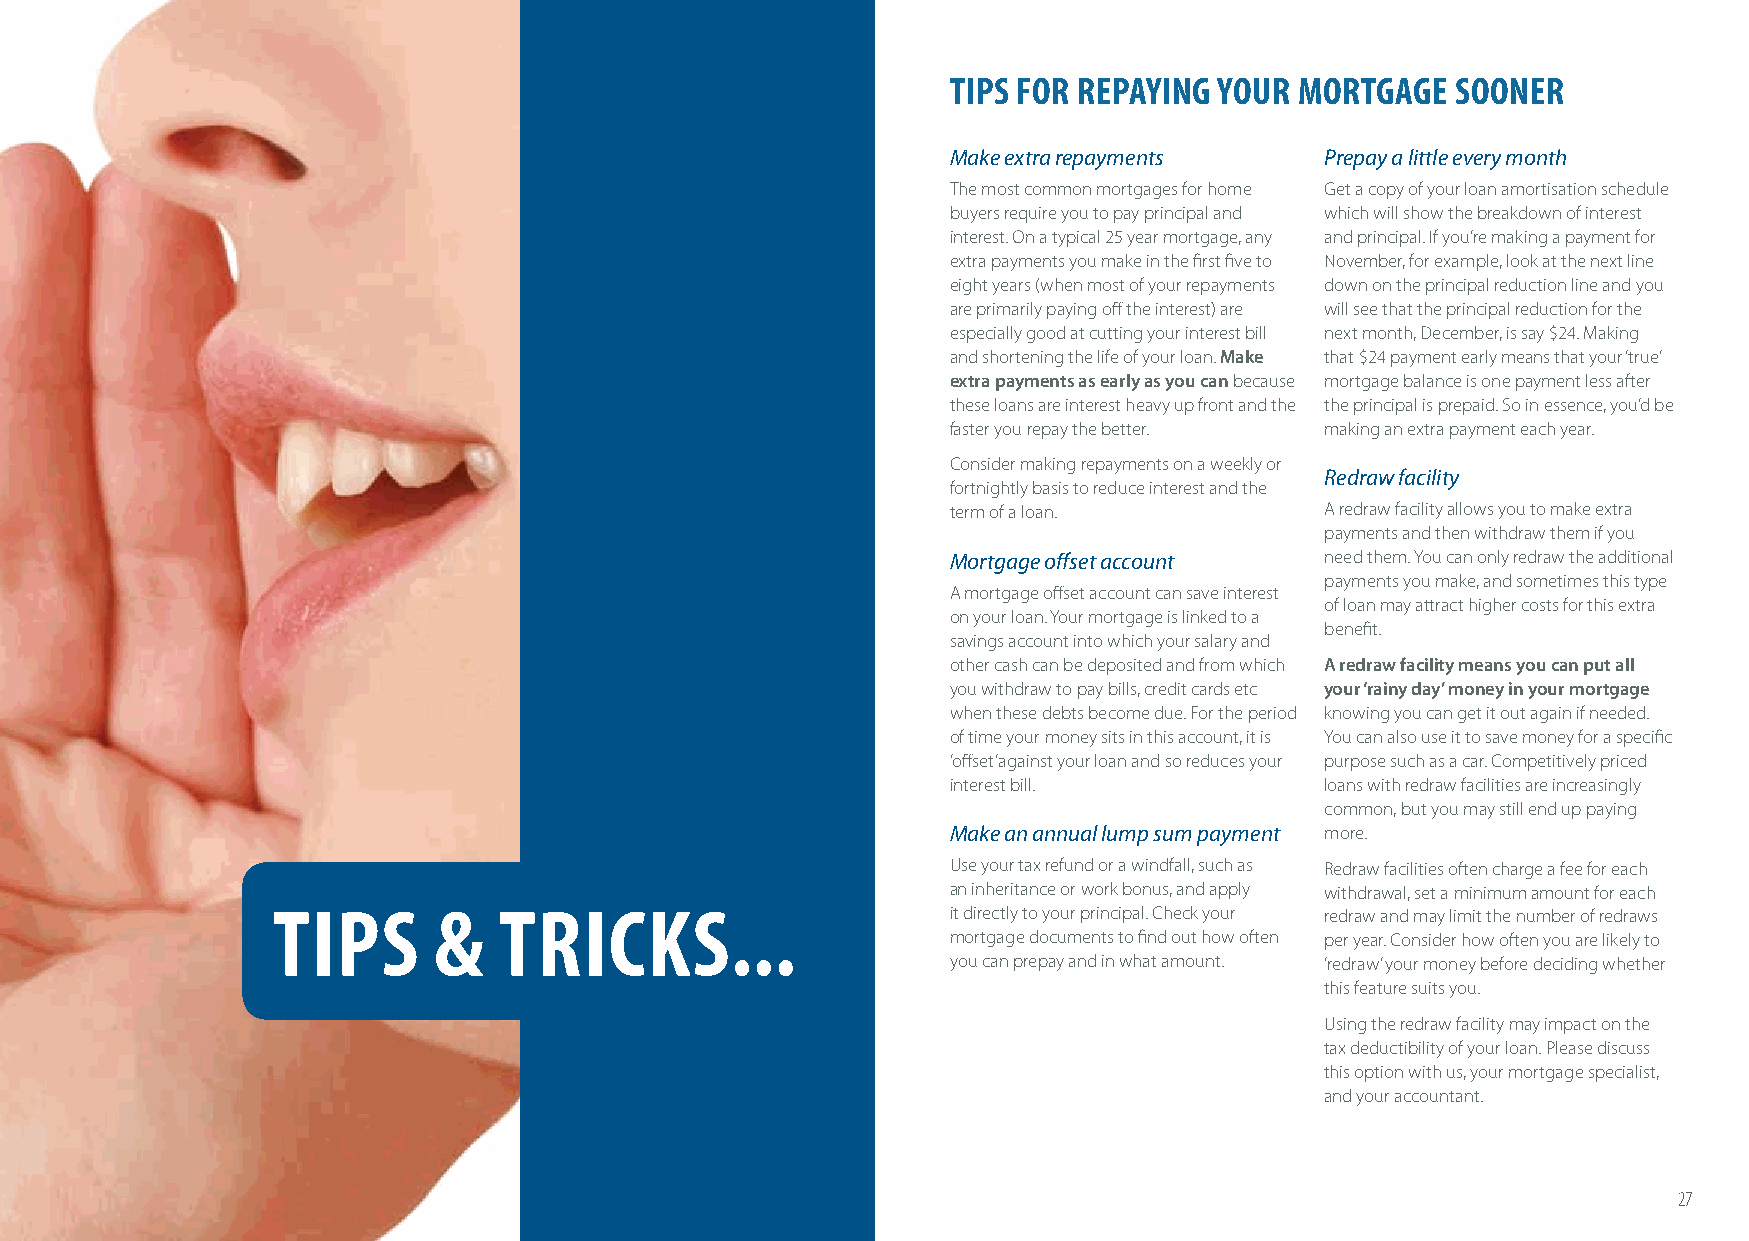
TIPS FOR REPAYING YOUR MORTGAGE  SOONER
 Make extra repayments    Prepay a little every month
 The most common mortgages for home Get a copy of your loan amortisation schedule
 buyers require you to pay principal and which will show the breakdown of interest
 interest. On a typical 25 year mortgage, any and principal. If you’re making a payment for
 extra payments you make in the first five to November, for example, look at the next line
 eight years (when most of your repayments down on the principal reduction line and you
 are primarily paying off the interest) are will see that the principal reduction for the
 especially good at cutting your interest bill next month, December, is say $24. Making
 and shortening the life of your loan. Make that $24 payment early means that your ‘true’
 extra payments as early as you can because mortgage balance is one payment less after
 these loans are interest heavy up front and the the principal is prepaid. So in essence, you’d be
 faster you repay the better. making an extra payment each year.
 Consider making repayments on a weekly or
 Redraw facility
 fortnightly basis to reduce interest and the
 term of a loan.          A redraw facility allows you to make extra
 payments and then withdraw them if you
 Mortgage offset account  need them. You can only redraw the additional
 payments you make, and sometimes this type
 A mortgage offset account can save interest
 of loan may attract higher costs for this extra
 on your loan. Your mortgage is linked to a
 benefit.
 savings account into which your salary and
 other cash can be deposited and from which A redraw facility means you can put all
 you withdraw to pay bills, credit cards etc your ‘rainy day’ money in your mortgage
 when these debts become due. For the period knowing you can get it out again if needed.
 of time your money sits in this account, it is You can also use it to save money for a specific
 ‘offset’ against your loan and so reduces your purpose such as a car. Competitively priced
 interest bill.           loans with redraw facilities are increasingly
 common, but you may still end up paying
 Make an annual lump sum payment more.
 Use your tax refund or a windfall, such as Redraw facilities often charge a fee for each
 an inheritance or work bonus, and apply withdrawal, set a minimum amount for each
 TIPS       &   TRICKS...                     it directly to your principal. Check your redraw and may limit the number of redraws
 mortgage documents to find out how often per year. Consider how often you are likely to
 you can prepay and in what amount. ‘redraw’ your money before deciding whether
 this feature suits you.
 Using the redraw facility may impact on the
 tax deductibility of your loan. Please discuss
 this option with us, your mortgage specialist,
 and your accountant.
 26                                                                                                          27